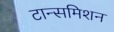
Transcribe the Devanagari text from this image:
टान्समिशन